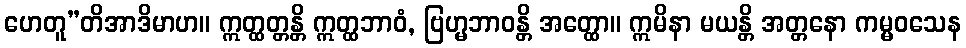
ဟေတူ”တိအာဒိမာဟ။ ဣတ္ထတ္တန္တိ ဣတ္ထဘာဝံ, ဗြဟ္မဘာဝန္တိ အတ္ထော။ ဣမိနာ မယန္တိ အတ္တနော ကမ္မဝသေန